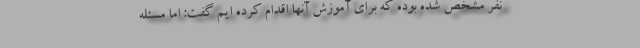
نفر مشخص شده بوده که برای آموزش آنها اقدام کرده ایم گفت: اما مسئله